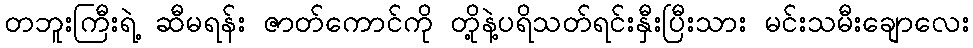
တဘူးကြီးရဲ့ ဆီမရန်း ဇာတ်ကောင်ကို တို့နဲ့ပရိသတ်ရင်းနှီးပြီးသား မင်းသမီးချောလေး